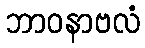
ဘာဝနာဗလံ